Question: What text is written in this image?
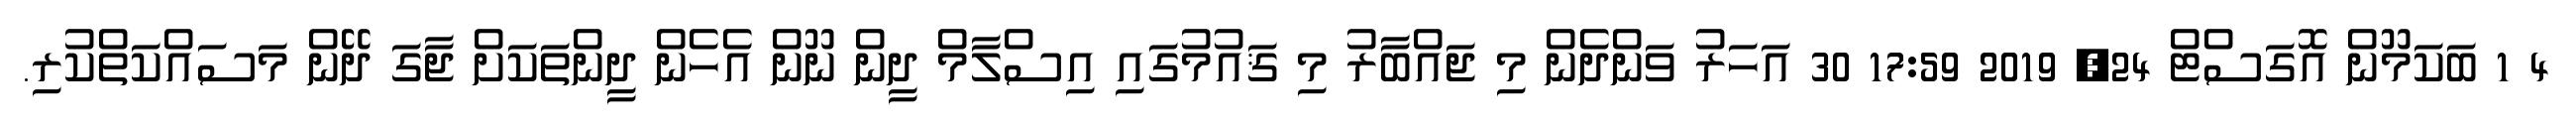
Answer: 4 1 ބަކަމޫން އޮގަސްޓް 24, 2019 17:59 30 އަހަރު ވަންދެން މި ޖައްބާރު މި ޤައުމުގައި އިސްލާމް ދީން ނޫން އެހެން ދީންތަކަށް ޖާގަ ދޭން މަސައްކަތްކުރި.